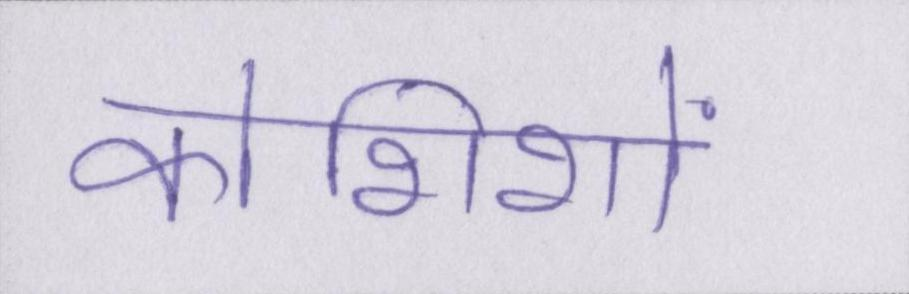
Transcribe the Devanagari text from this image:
कोशिशों